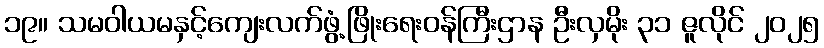
၁၉။ သမဝါယမနှင့်ကျေးလက်ဖွံ့ဖြိုးရေးဝန်ကြီးဌာန ဦးလှမိုး ၃၁ ဇူလိုင် ၂၀၂၅